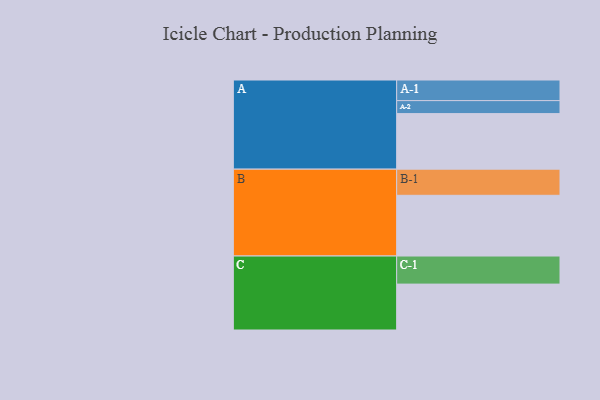
{"axis": {"x": "Segment", "y": "Value"}, "legend": ["", "A", "B", "C"], "data": [{"x": "A", "y": 461, "type": ""}, {"x": "B", "y": 504, "type": ""}, {"x": "C", "y": 381, "type": ""}, {"x": "A-1", "y": 171, "type": "A"}, {"x": "A-2", "y": 108, "type": "A"}, {"x": "B-1", "y": 217, "type": "B"}, {"x": "C-1", "y": 233, "type": "C"}]}